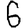
Digit: 6